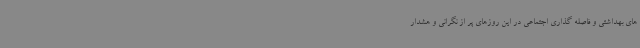
های بهداشتی و فاصله گذاری اجتماعی در این روزهای پر از نگرانی و هشدار